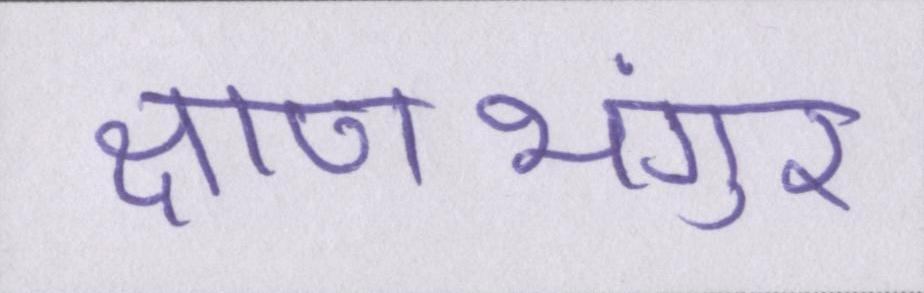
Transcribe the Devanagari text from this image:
क्षणभंगुर